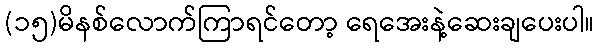
(၁၅)မိနစ်လောက်ကြာရင်တော့ ရေအေးနဲ့ဆေးချပေးပါ။